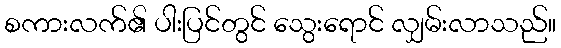
စကားလက်၏ ပါးပြင်တွင် သွေးရောင် လျှမ်းလာသည်။